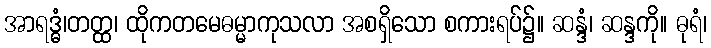
အာရဒ္ဓံ၊တတ္ထ၊ ထိုကတမေဓမ္မာကုသလာ အစရှိသော စကားရပ်၌။ ဆန္ဒံ၊ ဆန္ဒကို။ ဓုရံ၊